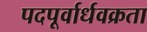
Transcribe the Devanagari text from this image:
पदपूर्वार्धवक्रता